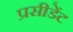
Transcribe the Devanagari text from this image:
प्रसीडेंट